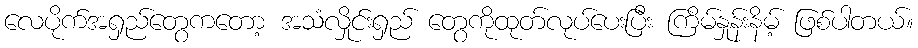
လေပိုက်အရှည်တွေကတော့ အသံလှိုင်းရှည် တွေကိုထုတ်လုပ်ပေးပြီး ကြိမ်နှုန်းနိမ့် ဖြစ်ပါတယ်။